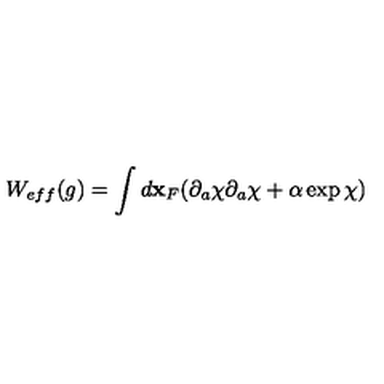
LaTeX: W _ { e f f } ( g ) = \int d { \bf x } _ { F } ( \partial _ { a } \chi \partial _ { a } \chi + \alpha \exp \chi )